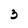
Character: 3